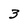
Character: 3